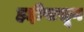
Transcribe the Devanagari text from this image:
हद्दीपासून